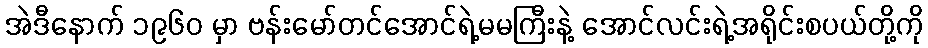
အဲဒီနောက် ၁၉၆၀ မှာ ဗန်းမော်တင်အောင်ရဲ့မမကြီးနဲ့ အောင်လင်းရဲ့အရိုင်းစပယ်တို့ကို